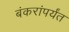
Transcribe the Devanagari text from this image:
बंकरांपर्यंत